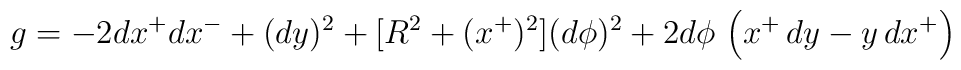
g = -2dx^+dx^- + (dy)^2 + [R^2 + (x^+)^2](d\phi)^2 + 2d\phi\,  \left(x^+\,dy -y\,dx^+\right)